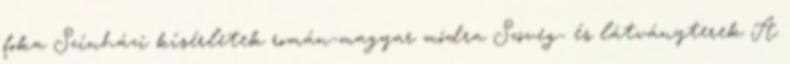
foka Színházi kísérletek román-magyar módra Szöveg- és látványterek A